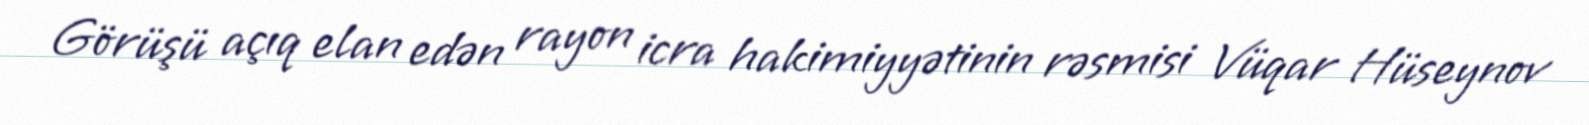
Görüşü açıq elan edən rayon icra hakimiyyətinin rəsmisi Vüqar Hüseynov